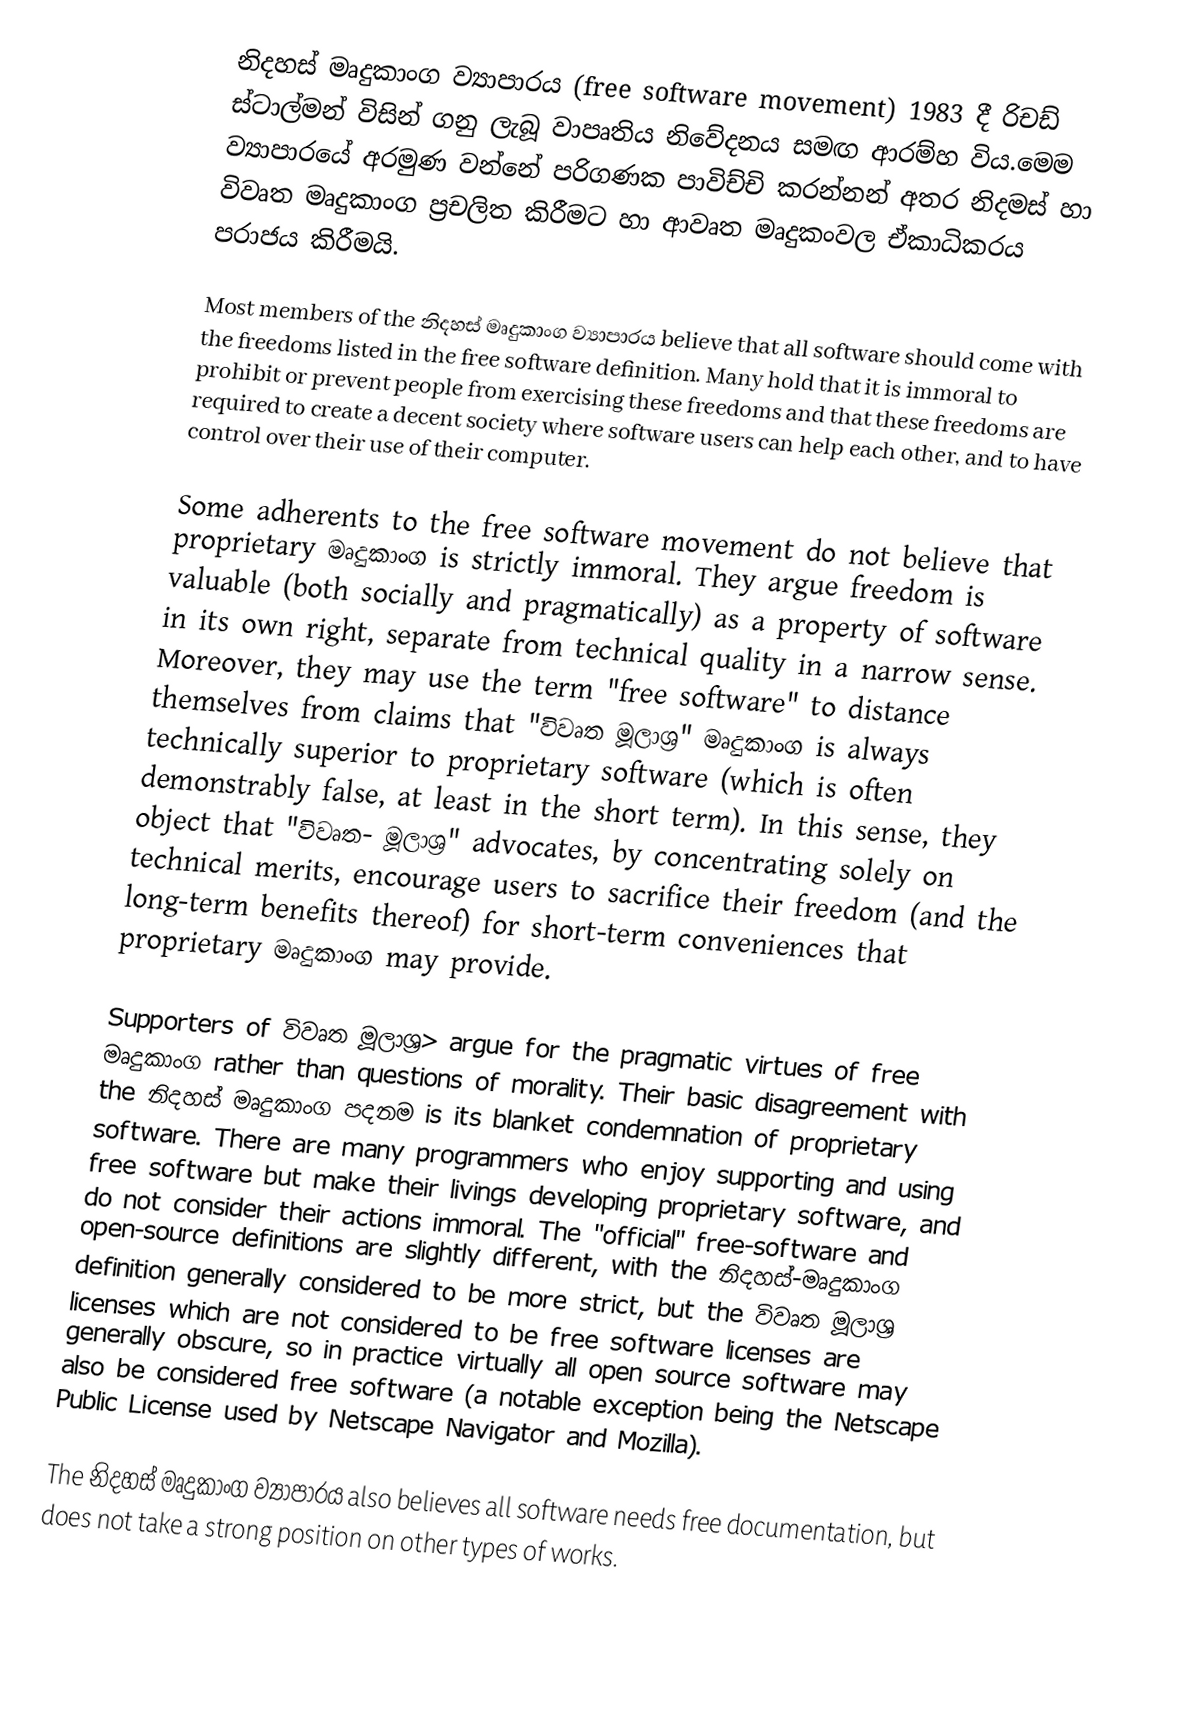
නිදහස් මෘදුකාංග ව්‍යාපාරය (free software movement) 1983 දී රිචඩ් ස්ටාල්මන්  විසින් ගනු ලැබූ  ව‍ාපෘතිය නිවේදනය සමඟ ආරම්හ විය.මෙම ව්‍යාපාරයේ අරමුණ වන්නේ පරිගණක පාවිච්චි කරන්නන් අතර නිදමස් හා විවෘත මෘදුකාංග ප්‍රචලිත කිරීමට හා ආවෘත මෘදුකංවල ඒකාධිකරය පරාජය කිරීමයි.

Most members of the නිදහස් මෘදුකාංග ව්‍යාපාරය believe that all software should come with the freedoms listed in the free software definition. Many hold that it is immoral to prohibit or prevent people from exercising these freedoms and that these freedoms are required to create a decent society where software users can help each other, and to have control over their use of their computer.

Some adherents to the free software movement do not believe that proprietary මෘදුකාංග is strictly immoral. They argue freedom is valuable (both socially and pragmatically) as a property of software in its own right, separate from technical quality in a narrow sense. Moreover, they may use the term "free software" to distance themselves from claims that "විවෘත මූලාශ්‍ර" මෘදුකාංග is always technically superior to proprietary software (which is often demonstrably false, at least in the short term). In this sense, they object that "විවෘත- මූලාශ්‍ර"  advocates, by concentrating solely on technical merits, encourage users to sacrifice their freedom (and the long-term benefits thereof) for short-term conveniences that proprietary මෘදුකාංග may provide.

Supporters of විවෘත මූලාශ්‍ර> argue for the pragmatic virtues of free මෘදුකාංග rather than questions of morality. Their basic disagreement with the නිදහස් මෘදුකාංග පදනම is its blanket condemnation of proprietary software. There are many programmers who enjoy supporting and using free software but make their livings developing proprietary software, and do not consider their actions immoral. The "official" free-software and open-source definitions are slightly different, with the නිදහස්-මෘදුකාංග  definition generally considered to be more strict, but the විවෘත මූලාශ්‍ර licenses which are not considered to be free software licenses are generally obscure, so in practice virtually all open source software may also be considered free software (a notable exception being the Netscape Public License used by Netscape Navigator and Mozilla).

The නිදහස් මෘදුකාංග ව්‍යාපාරය also believes all software needs free documentation, but does not take a strong position on other types of works.